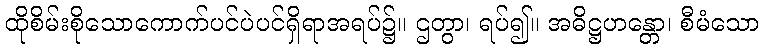
ထိုစိမ်းစိုသောကောက်ပင်ပဲပင်ရှိရာအရပ်၌။ ဌတွာ၊ ရပ်၍။ အဓိဋ္ဌဟန္တော၊ စီမံသော